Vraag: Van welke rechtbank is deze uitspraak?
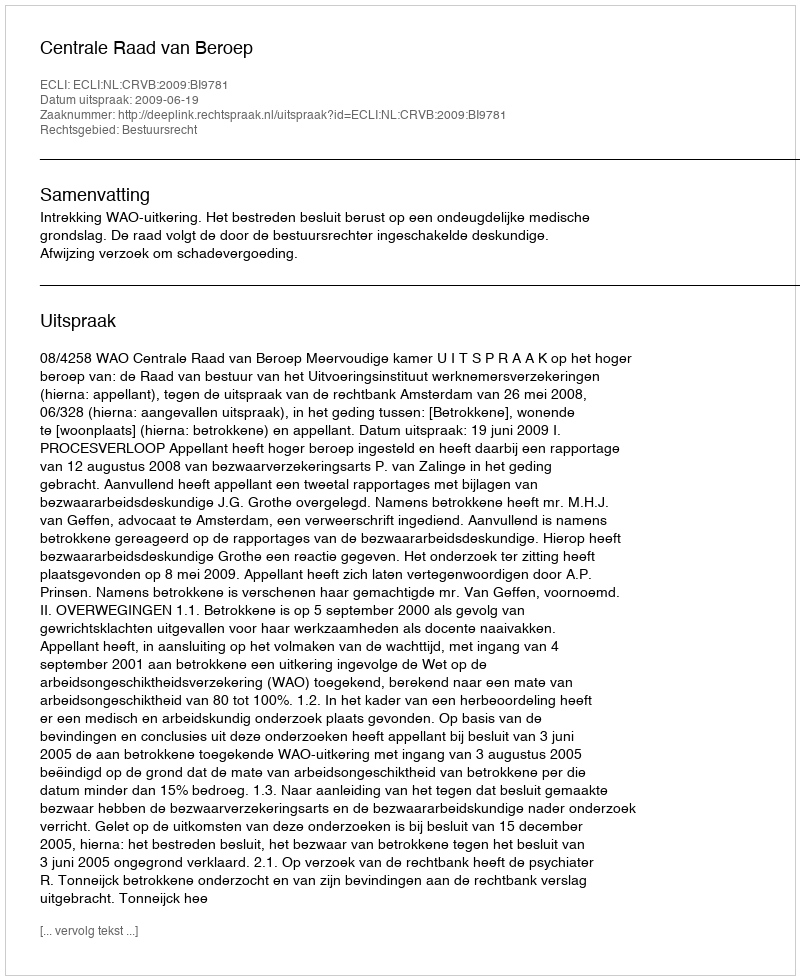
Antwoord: Centrale Raad van Beroep